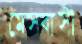
মেসবাসী